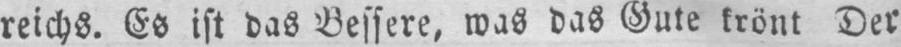
reichs. Es ist das Bessere, was das Gute krönt Der